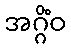
အဂ္ဂိံဝ